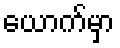
ယောက်မှာ